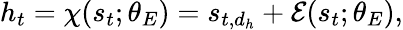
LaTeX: h_{t}=\chi(s_{t};\theta_{E})=s_{t,d_{h}}+\mathcal{E}(s_{t};\theta_{E}),